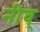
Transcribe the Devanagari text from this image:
नीव्